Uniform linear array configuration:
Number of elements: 16
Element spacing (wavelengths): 0.75
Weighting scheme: kaiser
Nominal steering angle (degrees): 45
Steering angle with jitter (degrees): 45.193
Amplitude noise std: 0.05
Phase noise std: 0.05

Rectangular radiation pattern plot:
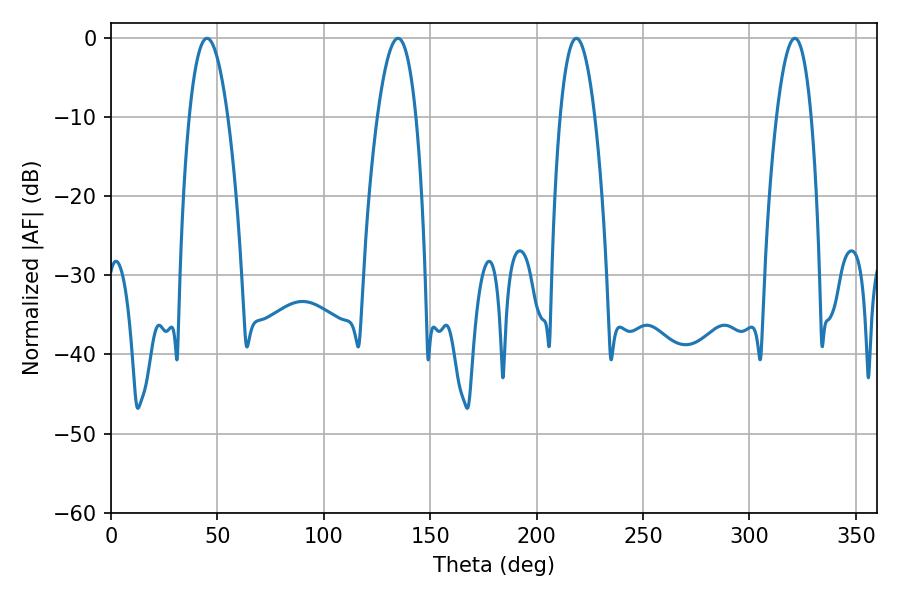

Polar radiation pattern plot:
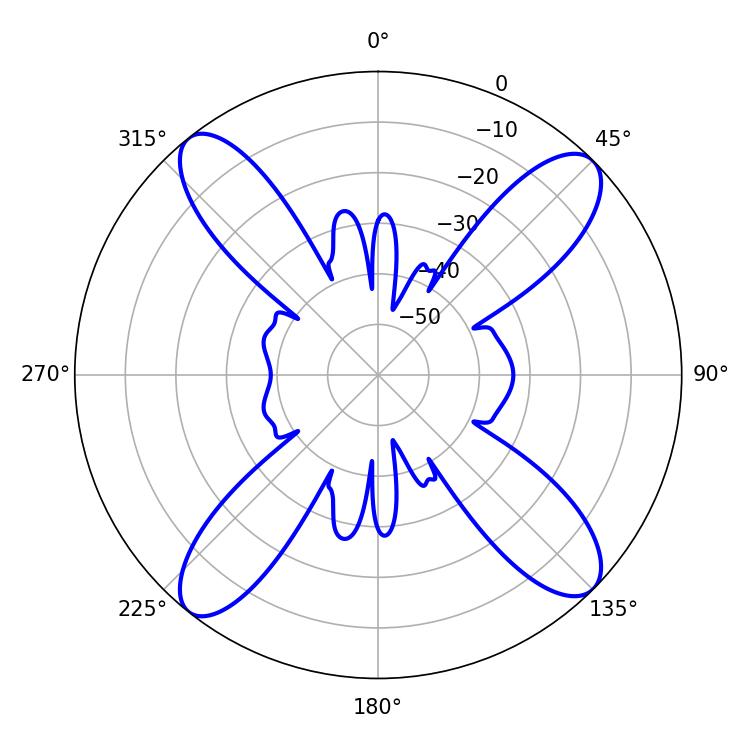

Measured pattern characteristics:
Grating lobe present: TRUE
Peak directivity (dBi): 15.612
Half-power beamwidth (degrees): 9
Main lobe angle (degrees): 218.7